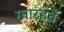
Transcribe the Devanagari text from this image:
ग्वारहवें